Calcutta medical institutions reports 1892-1900
Year: 1892
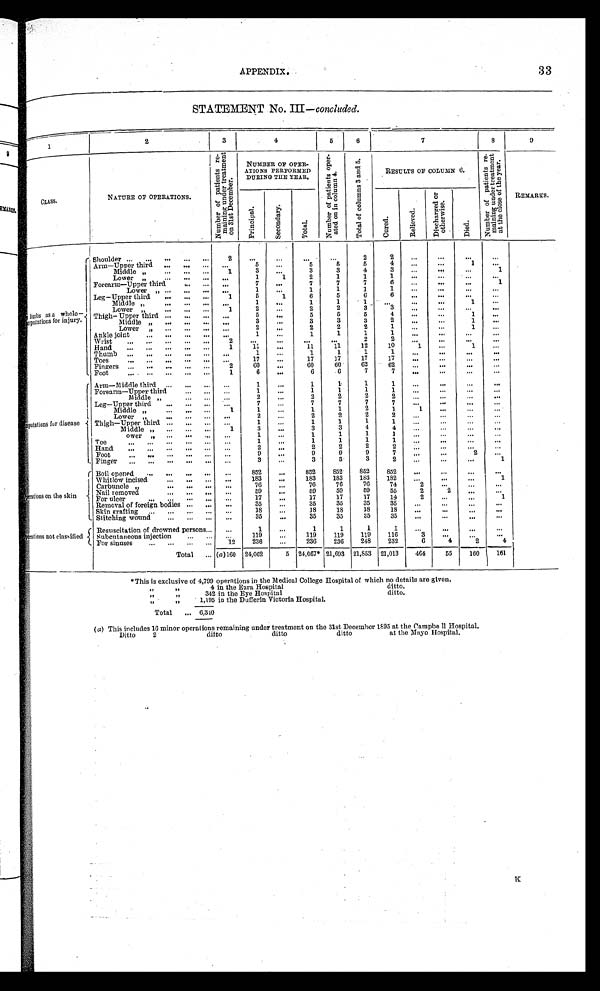
APPENDIX.
3 3
STATEMENT No. III —concluded.
1
2
3
4
5
6
7
8
9
CLASS.
NATURE OF OPERATIONS.
N u m b e r o f p a t i e n t s r e - m a i n i n g u n d e r t r e a t m e n t o n 3 1 s t D e c e m b e r .
NUMBER OF OPER-
ATIONS
P E R F O R M E D
DURING THE YEAR.
N u m b e r o f p a t i e n t s o p e r - a t e d o n i n c o l u m n 4 .
T o t a l o f c o l u m n s 3 a n d 5 .
RESULTS OF COLUMN 6.
N u m b e r o f p a t i e n t s r e - m a i n i n g u n d e r t r e a t m e n t a t t h e c l o s e o f t h e y e a r .
REMARKS.
P r i n c i p a l .
S e c o n d a r y .
T o t a l .
C u r e d .
R e l i e v e d .
D i s c h a r g e d o r o t h e r w i s e .
D i e d .
limbs as a whole—
<illegible>mputations for injury.
Shoulder . . .
2
. . .
. . .
. . .
. . .
2
2
. . .
. . .
. . .
. . .
Arm—Upper third . . .
. . .
5
. . .
5
5
5
4
. . .
. . .
1
. . .
Middle " . . .
1
3
. . .
3
3
4
3
. . .
. . .
. . .
1
L o w e r " . . .
. . .
1
1
2
1
1
1
. . .
. . .
. . .
. . .
Forearm—Upper third . . .
. . .
7
. . .
7
7
7
6
. . .
. . .
. . .
1
Lower " . . .
. . .
1
. . .
1
1
1
1
. . .
. . .
. . .
. . .
Leg—Upper third . . .
1
5
1
6
5
6
6
. . .
. . .
. . .
. . .
M i d d l e " . . .
. . .
1
. . .
1
1
1
. . .
. . .
. . .
1
. . .
Lower " . . .
1
2
. . .
2
2
3
3
. . .
. . .
. . .
. . .
Thigh— Upper third . . .
. . .
5
. . .
5
5
5
4
. . .
. . .
1
. . .
Middle " . . .
. . .
3 . . .
3
3
3
2
. . .
. . .
1
. . .
Lower " . . .
. . .
2
. . .
2
2
2
1
. . .
. . .
1
. . .
Ankle joint . . .
. . .
1
. . .
1
1
1
1
. . .
. . .
. . .
. . .
Wrist . . .
2
. . .
. . .
. . .
. . .
2
2
. . .
. . .
. . .
Hand . . .
1
11
. . .
11
11
12
10
1
. . .
1
. . .
Thumb . . .
. . .
1 . . .
1
1
1
1
. . .
. . .
. . .
. . .
Toes . . .
. . .
17
. . .
17
17
17
17
. . .
. . .
. . .
. . .
Fingers . . .
2
60
. . .
6 0
60
62
62
. . .
. . .
. . .
. . .
Foot . . .
1
6
. . .
6
6
7
7
. . .
. . .
. . .
. . .
< i l l e g i b l e > m p u t a t i o n s f o r d i s e a s e
A r m — M i d d l e t h i r d . . .
. . .
1
. . .
1
1
1
1
. . .
. . .
. . .
. . .
Forearm—Upper third . . .
. . .
1
. . .
1
1
1
1
. . .
. . .
. . .
. . .
Middle " . . .
. . .
2 . . .
2
2
2
2
. . .
. . .
. . .
. . .
Leg—Upper third " . . .
. . .
7
. . .
7
7
7
7
. . .
. . .
. . .
. . .
Middle " . . .
1
1
. . .
1
1
2
1
1
. . .
. . .
. . .
L o w e r " . . .
. . .
2 . . .
2
2
2
2
. . .
. . .
. . .
. . .
Thigh—Upper third . . .
. . .
1
. . .
1
1
1
1
. . .
. . .
. . .
. . .
Middle " . . .
1
3
. . .
3
3
4
4
. . .
. . .
. . .
. . .
ower " . . .
. . .
1
. . .
1
1
1
1
. . .
. . .
. . .
. . .
Toe
.
.
.
. . .
1
. . .
1
1
1
1
. . .
. . .
. . .
. . .
H a n d . . .. . .
2
. . .
2
2
2
2
. . .
. . .
. . .
. . .
Foot . . .
. . .
9
. . .
9
9
9
7
. . .
. . .
2
. . .
Finger . . .
. . .
3 . . .
3
3
3
2
. . .
. . .
. . .
1
O p e r a t i o n s o n t h e s k i n
Boil opened . . .
. . .
852
. . .
852
852
852
852
. . .
. . .
. . .
. . .
Whitlow incised . . .
. . .
183
. . .
183
183
183
182
. . .
. . .
. . .
1
Carbuncle " . . .
. . .
76
. . .
76
76
76
74
2
. . .
. . .
. . .
Nail removed . . .
. . .
59
. . .
59
59
59
55
2
2
. . .
. . .
For ulcer . . .
. . .
17
. . .
17
17
17
14
2
. . .
. . .
1
Removal of foreign bodies . . .
. . .
35 . . .
35
35
35
35
. . .
. . .
. . .
. . .
Skin grafting . . .
. . .
18
. . .
18
18
18
18
. . .
. . .
. . .
. . .
Stitching wound . . .
. . .
35
. . .
35
35
35
35
. . .
. . .
. . .
. . .
Operations not classified
Resuscitation of drowned persons . . .
. . .
1
. . .
1
1
1
1
. . .
. . .
. . .
. . .
Subcutaneous injection . . .
. . .
1
19
. . .
119
119
1 1 9
116
3
. . .
. . .
. . .
For sinuses . . .
12
236
. . .
236
236
248
232
6
4
2
4
Total . . . ( a )160
24,062
5
24,067*
21,693 21,853
21,013
464
55
160
161
*This is exclusive of 4,799 operations in the Medical College Hospital of which no details are given.
" "
4 in the Ezra. Hospital
ditto.
" "
342 in the Eye Hospital
ditto.
" " 1,195 in the Dufferin Victoria Hospital.
Total . . .
6,340
( a) This includes 16 minor operations remaining under treatment on the 31st December 1895 at the Campbell Hospital.
Ditto
2
ditto
ditto
ditto
at the Mayo Hospital.